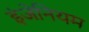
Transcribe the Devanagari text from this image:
इंजेनियम